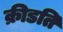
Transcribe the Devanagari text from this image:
क्रीडति